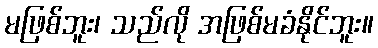
မဖြစ်ဘူး၊ သည်လို အဖြစ်မခံနိုင်ဘူး။